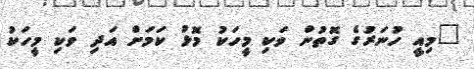
"މިއީ ހުނަރުގެ ގޮތުން ވަކި މީހަކު މޮޅު ކަމަށް އަދި ވަކި މީހަކު